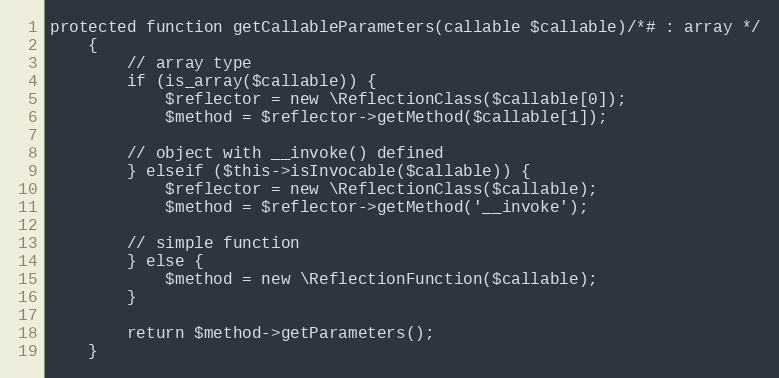
Language: PHP
protected function getCallableParameters(callable $callable)/*# : array */
    {
        // array type
        if (is_array($callable)) {
            $reflector = new \ReflectionClass($callable[0]);
            $method = $reflector->getMethod($callable[1]);

        // object with __invoke() defined
        } elseif ($this->isInvocable($callable)) {
            $reflector = new \ReflectionClass($callable);
            $method = $reflector->getMethod('__invoke');

        // simple function
        } else {
            $method = new \ReflectionFunction($callable);
        }

        return $method->getParameters();
    }